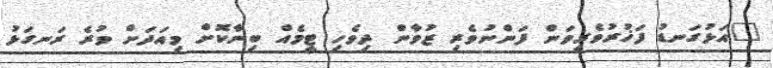
"އަޅުގަނޑު ފަޚުރުވެރިވަން ފަންނުވެރި ޒުވާން ދިވެހި ޓީމެއް ބިނާކޮށް މިއަދަށް ވުރެ ރަނގަޅު